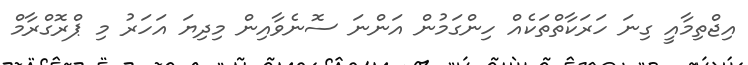
އިޖްތިމާއީ ގިނަ ހަރަކާތްތަކެއް ހިންގަމުން އަންނަ ސޮނެވާއިން މިދިޔަ އަހަރު މި ޕްރޮގްރާމް